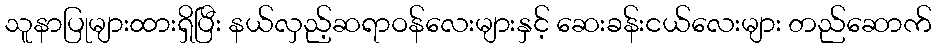
သူနာပြုများထားရှိပြီး နယ်လှည့်ဆရာဝန်လေးများနှင့် ဆေးခန်းငယ်လေးများ တည်ဆောက်